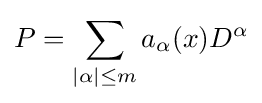
P=\sum _{|\alpha |\leq m}a_{\alpha }(x)D^{\alpha }